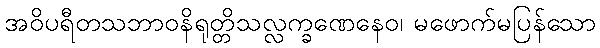
အဝိပရီတသဘာဝနိရုတ္တိသလ္လက္ခဏေနေဝ၊ မဖောက်မပြန်သော